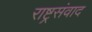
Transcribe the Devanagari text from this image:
राष्ट्रसंवाद